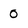
Character: 0